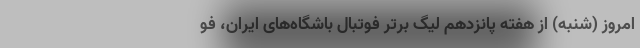
امروز (شنبه) از هفته پانزدهم لیگ برتر فوتبال باشگاه‌های ایران، فو